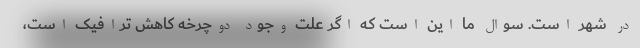
در شهر است. سوال ما این است که اگر علت وجود دوچرخه کاهش ترافیک است،